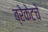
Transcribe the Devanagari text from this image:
ब्रेकेटचे